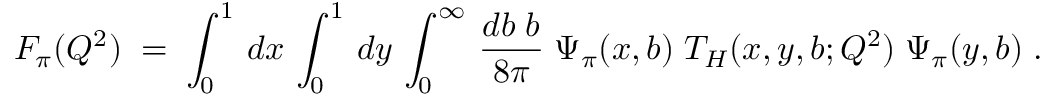
F _ { \pi } ( Q ^ { 2 } ) \; = \; \int _ { 0 } ^ { 1 } \, d x \, \int _ { 0 } ^ { 1 } \, d y \, \int _ { 0 } ^ { \infty } \, { \frac { d b \; b } { 8 \pi } } \; \Psi _ { \pi } ( x , b ) \; T _ { H } ( x , y , b ; Q ^ { 2 } ) \; \Psi _ { \pi } ( y , b ) \; .